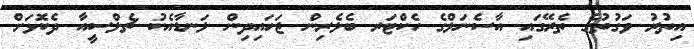
އިތުރު ވަގުތުގެ ތެރޭގައި އާސެނަލްގެ ހެކްޓަރ ބެލެރިން ޖަހައިދިން ލަނޑާއެކު ޗެލްސީއާ ދެކޮޅަށް